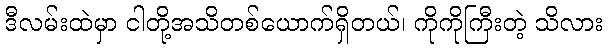
ဒီလမ်းထဲမှာ ငါတို့အသိတစ်ယောက်ရှိတယ်၊ ကိုကိုကြီးတဲ့ သိလား